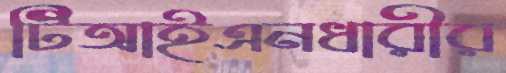
টিআইএনধারীর